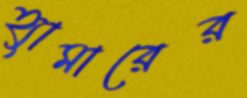
হ্যামারের